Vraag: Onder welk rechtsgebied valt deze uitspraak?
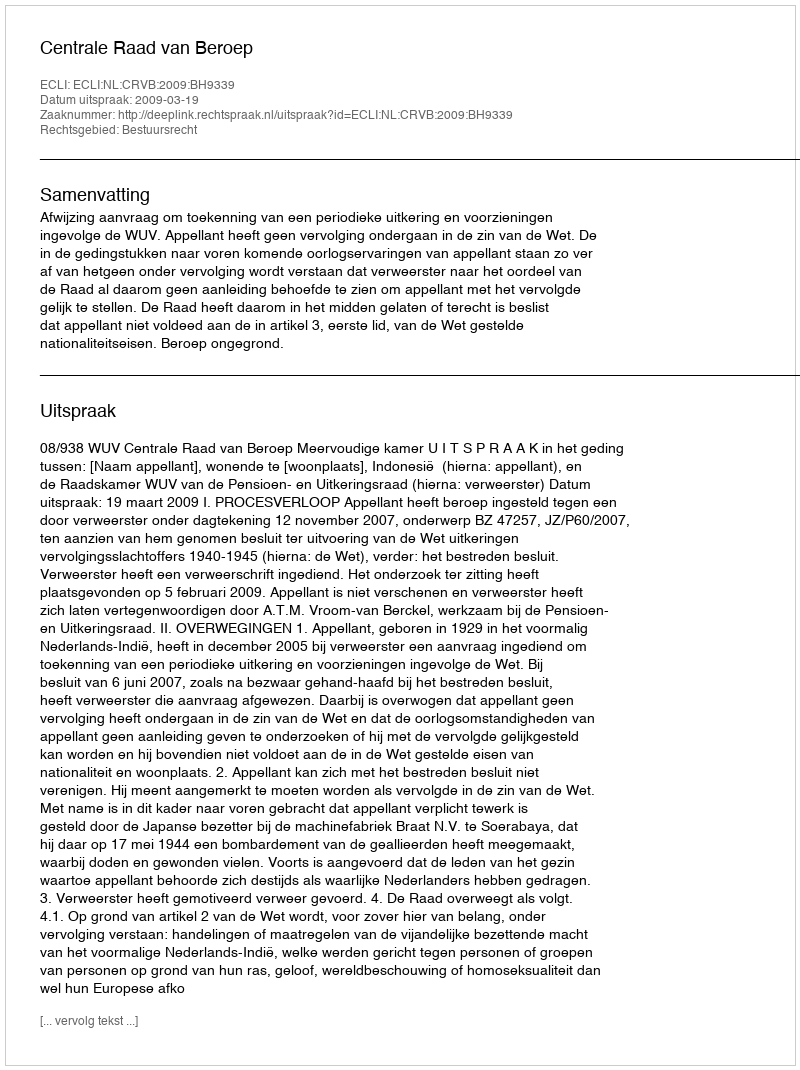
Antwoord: Bestuursrecht